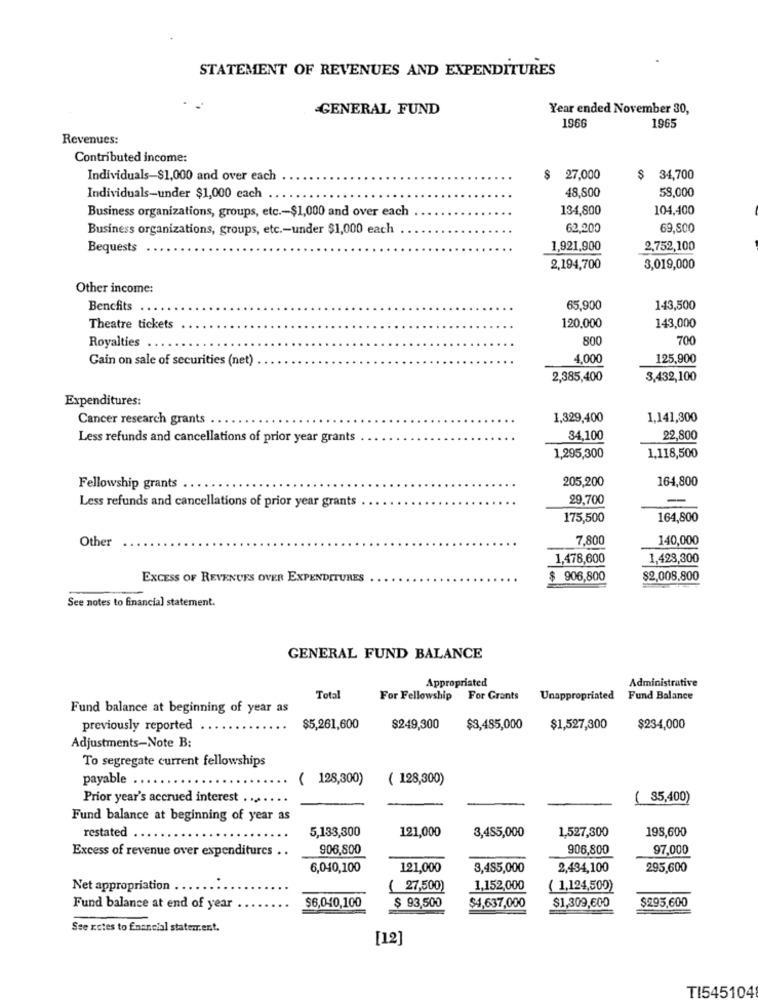
STATEMENT OF REVENUES AND EXPENDITURES
GENERAL FUND
Year ended November 30,
1966
1965
Revenues:
Contributed income:
Individuals-$1,000 and over each
$ 27,000
$ 34,700
48.500
58.000
Individuals-under $1,000 each
Business organizations, groups, etc .- $1,000 and over each
134,800
104,400
Business organizations, groups, etc .- under $1,000 each .
62,200
69,800
Bequests
1,921,900
2,752,100
2,194,700
3,019,000
Other income:
Benefits
65,900
143,500
Theatre tickets
120.000
143,000
800
700
Royalties ..
Gain on sale of securities (net)
4,000
125,900
2,385,400
3,432,100
Expenditures:
Cancer research grants ..
1,329,400
1,141,300
Less refunds and cancellations of prior year grants
34,100
22,800
1,295,300
1,118,500
205,200
164,800
Fellowship grants .
29,700
-
Less refunds and cancellations of prior year grants
175,500
164,800
Other
7,800
140,000
1,478,600
1,423,300
EXCESS OF REVENUES OVER EXPENDITURES
$ 906,800
$2,008,800
See notes to financial statement.
GENERAL FUND BALANCE
Appropriated
Administrative
Total
For Fellowship For Grants
Unappropriated
Fund Balance
Fund balance at beginning of year as
previously reported
$5,261,600
$249,300
$3,485,000
$1,527,300
$234,000
Adjustments-Note B:
To segregate current fellowships
payable
( 128,300)
( 128,300)
Prior year's accrued interest ....
( 85,400)
Fund balance at beginning of year as
5,133,300
121,000
3,455,000
1,527,300
restated
198,600
Excess of revenue over expenditures . .
906,800
906,800
97,000
6,040,100
121,000
3,485,000
2,434,100
295,600
Net appropriation
( 27,500)
1,152,000
( 1,124,500)
Fund balance at end of year
$6,040,100
$ 93,500
$4,637,000
$1,309,600
$295,600
See rotes to financial statement.
[12]
TI545104